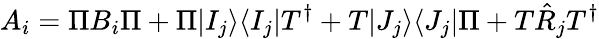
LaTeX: A_{i}=\Pi B_{i}\Pi+\Pi|I_{j}\rangle\langle I_{j}|T^{\dagger}+T|J_{j}\rangle\langle J_{j}|\Pi+T\hat{R}_{j}T^{\dagger}